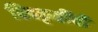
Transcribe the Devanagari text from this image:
चित्रकृतींची